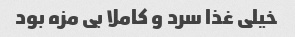
خیلی غذا سرد و کاملا بی مزه بود